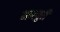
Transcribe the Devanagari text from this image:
मारचुरी